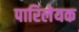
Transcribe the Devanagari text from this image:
पारिलेयक